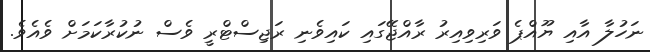
ނަހުލާ އާއި ޔޫއްޕެ ވަރިވިއިރު ރާއްޖޭގައި ކައިވެނި ރަޖިސްޓްރީ ވެސް ނުކުރާކަމަށް ވެއެވެ.